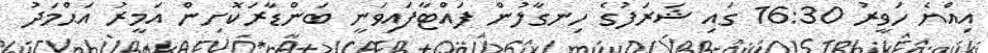
އިއްޔެ ހަވީރު 16:30 ގައި ޝަރަފުގެ ހިނގާލުން ފައްޓާފައިވަނީ ބަންޑާރަކޮށިން އަމީރު އަޙްމަދު